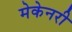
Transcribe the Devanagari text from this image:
मेकेनरी